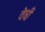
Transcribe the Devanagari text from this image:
वेषी